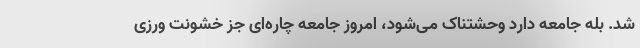
شد. بله جامعه دارد وحشتناک می‌شود، امروز جامعه چاره‌ای جز خشونت ورزی